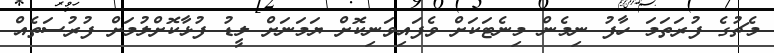
މެޗުގެ ފުރަތަމަ ހާފު ނިމެން މިނެޓަކަށް ވެފައިވަނިކޮށް ޔަމަނަށް ލީޑު ފުޅާކޮށްލުމަށް ފުރުސަތެއް